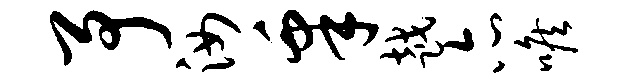
予汝皋越亦喉